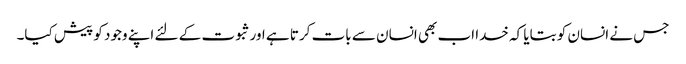
جس نے انسان کو بتایا کہ خدا اب بھی انسان سے بات کرتا ہے اورثبوت کے لئے اپنے وجود کو پیش کیا۔